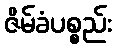
ဇိမ်ခံပစ္စည်း